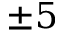
\pm 5